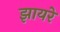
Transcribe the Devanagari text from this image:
झायरे